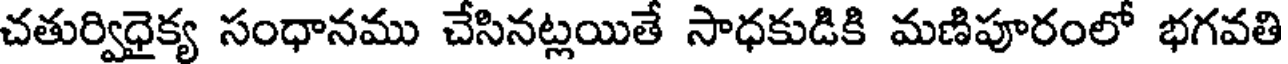
చతుర్విధైక్య సంధానము చేసినట్లయితే సాధకుడికి మణిపూరంలో భగవతి